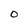
Character: O